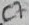
Text: C7